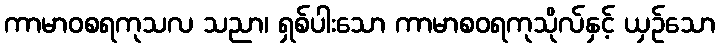
ကာမာဝစရကုသလ သညာ၊ ရှစ်ပါးသော ကာမာစဝရကုသိုလ်နှင့် ယှဉ်သော